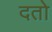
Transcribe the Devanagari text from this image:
दतो